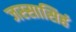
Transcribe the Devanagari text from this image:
जस्सासिहं